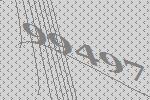
99497